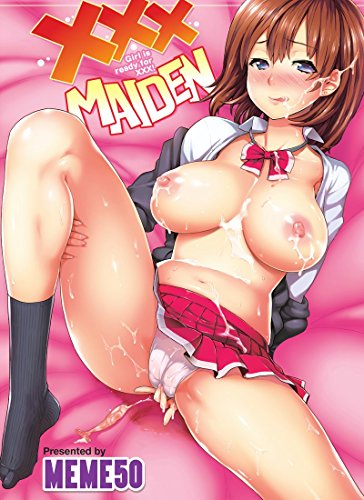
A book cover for XXX Maiden; Meme50; Comics & Graphic Novels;